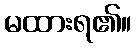
မထားရ၏။